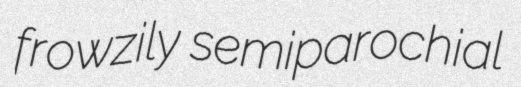
frowzily semiparochial